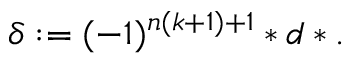
\delta : = ( - 1 ) ^ { n ( k + 1 ) + 1 } \ast d \ast .